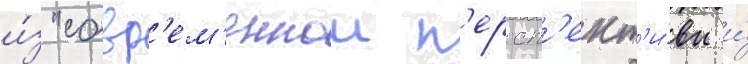
и́з "совр'ем'еннои п'ерсп'ект'и́вы и́